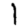
Digit: 1